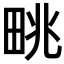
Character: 𤱩